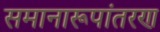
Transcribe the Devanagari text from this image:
समानारूपांतरण